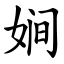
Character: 㛠